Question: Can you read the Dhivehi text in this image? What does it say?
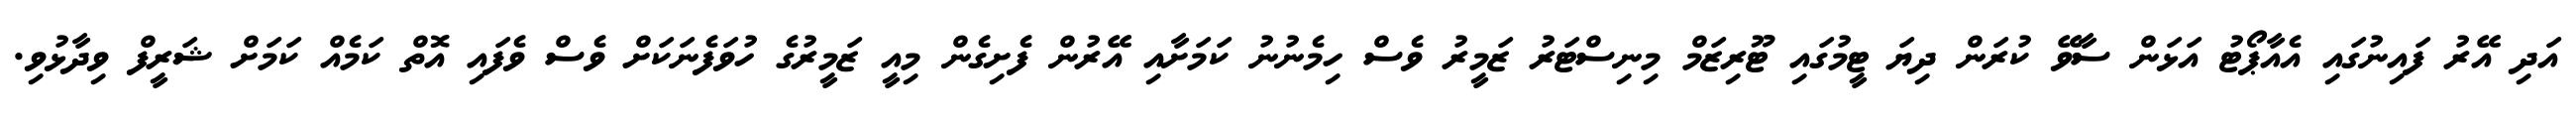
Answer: އަދި އޭރު ފައިނުގައި އެއާޕޯޓު އަޅަން ސާވޭ ކުރަން ދިޔަ ޓީމުގައި ޓޫރިޒަމް މިނިސްޓަރު ޒަމީރު ވެސް ހިމެނުނު ކަމަށާއި އޭރުން ފެށިގެން މިއީ ޒަމީރުގެ ހުވަފެނަކަށް ވެސް ވެފައި އޮތް ކަމެއް ކަމަށް ޝަރީފް ވިދާޅުވި.